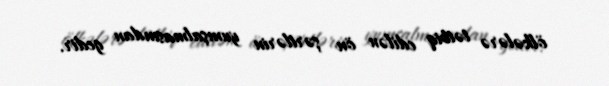
ölkələrə tətbiq edilən ön şərtlərin yumşalmasından gedir.